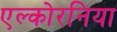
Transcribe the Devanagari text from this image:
एल्कोरनिया